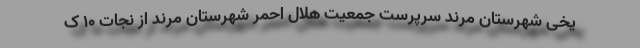
یخی شهرستان مرند سرپرست جمعیت هلال احمر شهرستان مرند از نجات ۱۰ ک